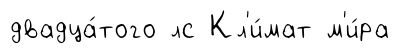
двадца́того лс Кл'и́мат м'и́ра